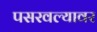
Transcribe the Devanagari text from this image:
पसरवल्यावर